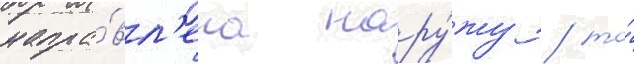
напра́вл'ена нару́жу / то́